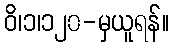
ဝိ၊၁၊၁၂၀-မှယူရန်။